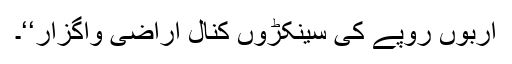
اربوں روپے کی سینکڑوں کنال اراضی واگزار‘‘۔